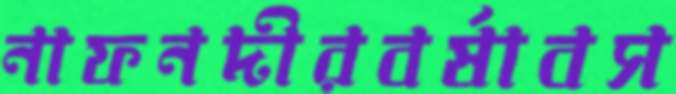
নাফনদীরবর্ষাবস